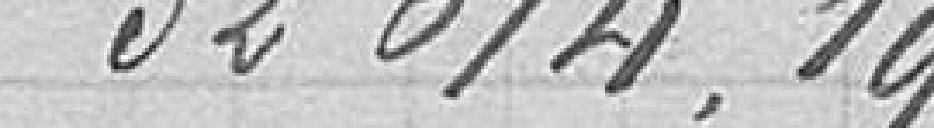
32 614,19